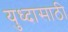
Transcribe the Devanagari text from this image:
युध्दासाठी